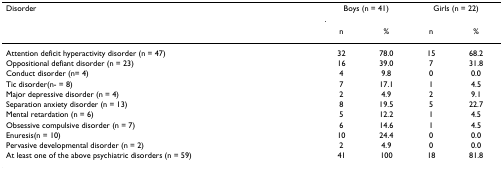
| Disorder | <COLSPAN=2> Boys (n = 41) | <COLSPAN=2> Girls (n = 22) |
 |  | n | % | n | % |
 | --- | --- | --- | --- | --- |
 | Attention deficit hyperactivity disorder (n = 47) | 32 | 78.0 | 15 | 68.2 |
 | Oppositional defiant disorder (n = 23) | 16 | 39.0 | 7 | 31.8 |
 | Conduct disorder (n= 4) | 4 | 9.8 | 0 | 0.0 |
 | Tic disorder(n- = 8) | 7 | 17.1 | 1 | 4.5 |
 | Major depressive disorder (n = 4) | 2 | 4.9 | 2 | 9.1 |
 | Separation anxiety disorder (n = 13) | 8 | 19.5 | 5 | 22.7 |
 | Mental retardation (n = 6) | 5 | 12.2 | 1 | 4.5 |
 | Obsessive compulsive disorder (n = 7) | 6 | 14.6 | 1 | 4.5 |
 | Enuresis(n = 10) | 10 | 24.4 | 0 | 0.0 |
 | Pervasive developmental disorder (n = 2) | 2 | 4.9 | 0 | 0.0 |
 | At least one of the above psychiatric disorders (n = 59) | 41 | 100 | 18 | 81.8 |